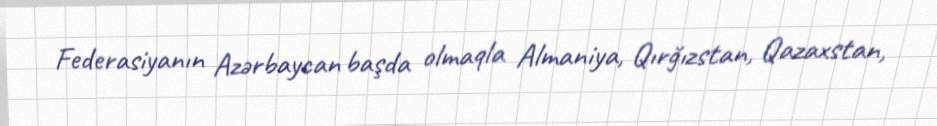
Federasiyanın Azərbaycan başda olmaqla Almaniya, Qırğızstan, Qazaxstan,